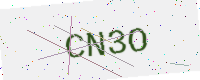
Text: CN3O